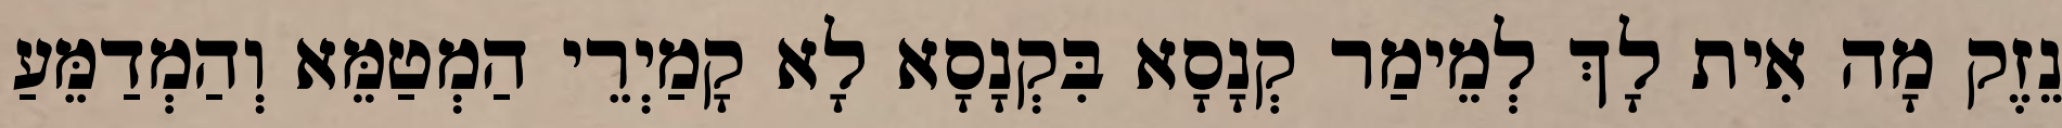
נֵזֶק מָה אִית לָךְ לְמֵימַר קְנָסָא בִּקְנָסָא לָא קָמַיְרֵי הַמְטַמֵּא וְהַמְדַמֵּעַ